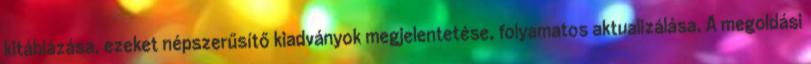
kitáblázása, ezeket népszerűsítő kiadványok megjelentetése, folyamatos aktualizálása. A megoldási